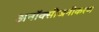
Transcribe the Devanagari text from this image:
अनॉक्सीजनीकरण